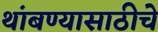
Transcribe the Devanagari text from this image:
थांबण्यासाठीचे